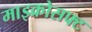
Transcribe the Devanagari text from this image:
माइक्रोसफ्ट